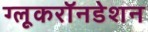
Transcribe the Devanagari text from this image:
ग्लूकरॉनडेशन